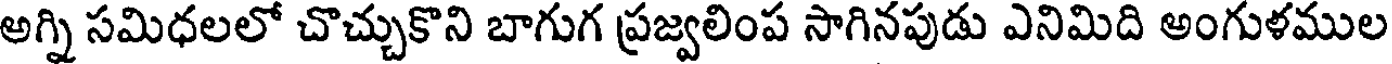
అగ్ని సమిధలలో చొచ్చుకొని బాగుగ ప్రజ్వలింప సాగినపుడు ఎనిమిది అంగుళముల